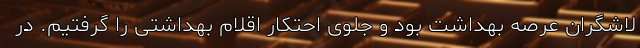
لاشگران عرصه بهداشت بود و جلوی احتکار اقلام بهداشتی را گرفتیم. در